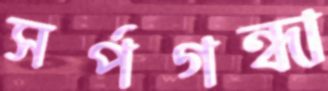
সর্পগন্ধা